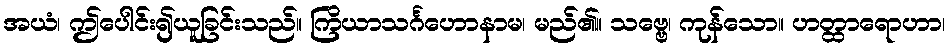
အယံ၊ ဤပေါင်း၍ယူခြင်းသည်။ ကြိယာသင်္ဂဟောနာမ၊ မည်၏။ သဗ္ဗေ၊ ကုန်သော။ ဟတ္ထာရောဟာ၊